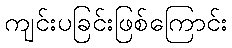
ကျင်းပခြင်းဖြစ်ကြောင်း